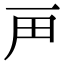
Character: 𬻉